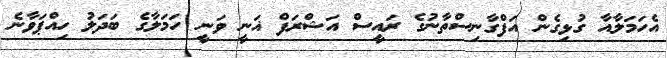
އެހަމަލާއާ ގުޅިގެން އަފްގާނިސްތާނުގެ ރައީސް އަޝްރަފް ޣަނީ ވަނީ ހަމަލާގެ ބަދަލު ހިއްޕަވާނެ